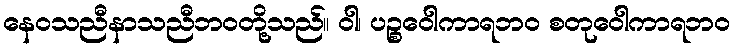
နေဝသညီနာသညီဘဝတို့သည်။ ဝါ၊ ပဉ္စဝေါကာရဘဝ စတုဝေါကာရဘဝ